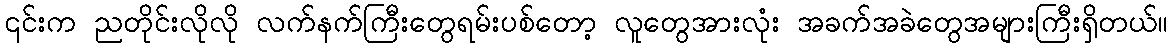
၎င်းက ညတိုင်းလိုလို လက်နက်ကြီးတွေရမ်းပစ်တော့ လူတွေအားလုံး အခက်အခဲတွေအများကြီးရှိတယ်။